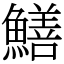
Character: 鱔